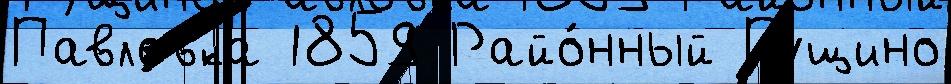
Павловка 1859 Райо́нный Пущино